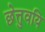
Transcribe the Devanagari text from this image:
छेत्तुवयि